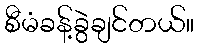
စီမံခန့်ခွဲချင်တယ်။